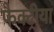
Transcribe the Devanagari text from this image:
फैक्ट्रीया